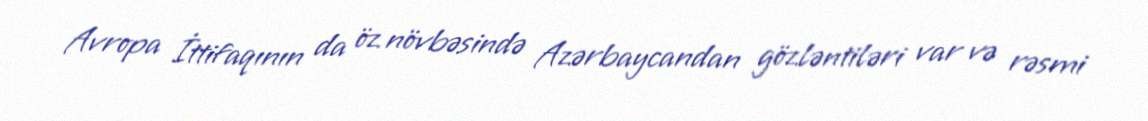
Avropa İttifaqının da öz növbəsində Azərbaycandan gözləntiləri var və rəsmi